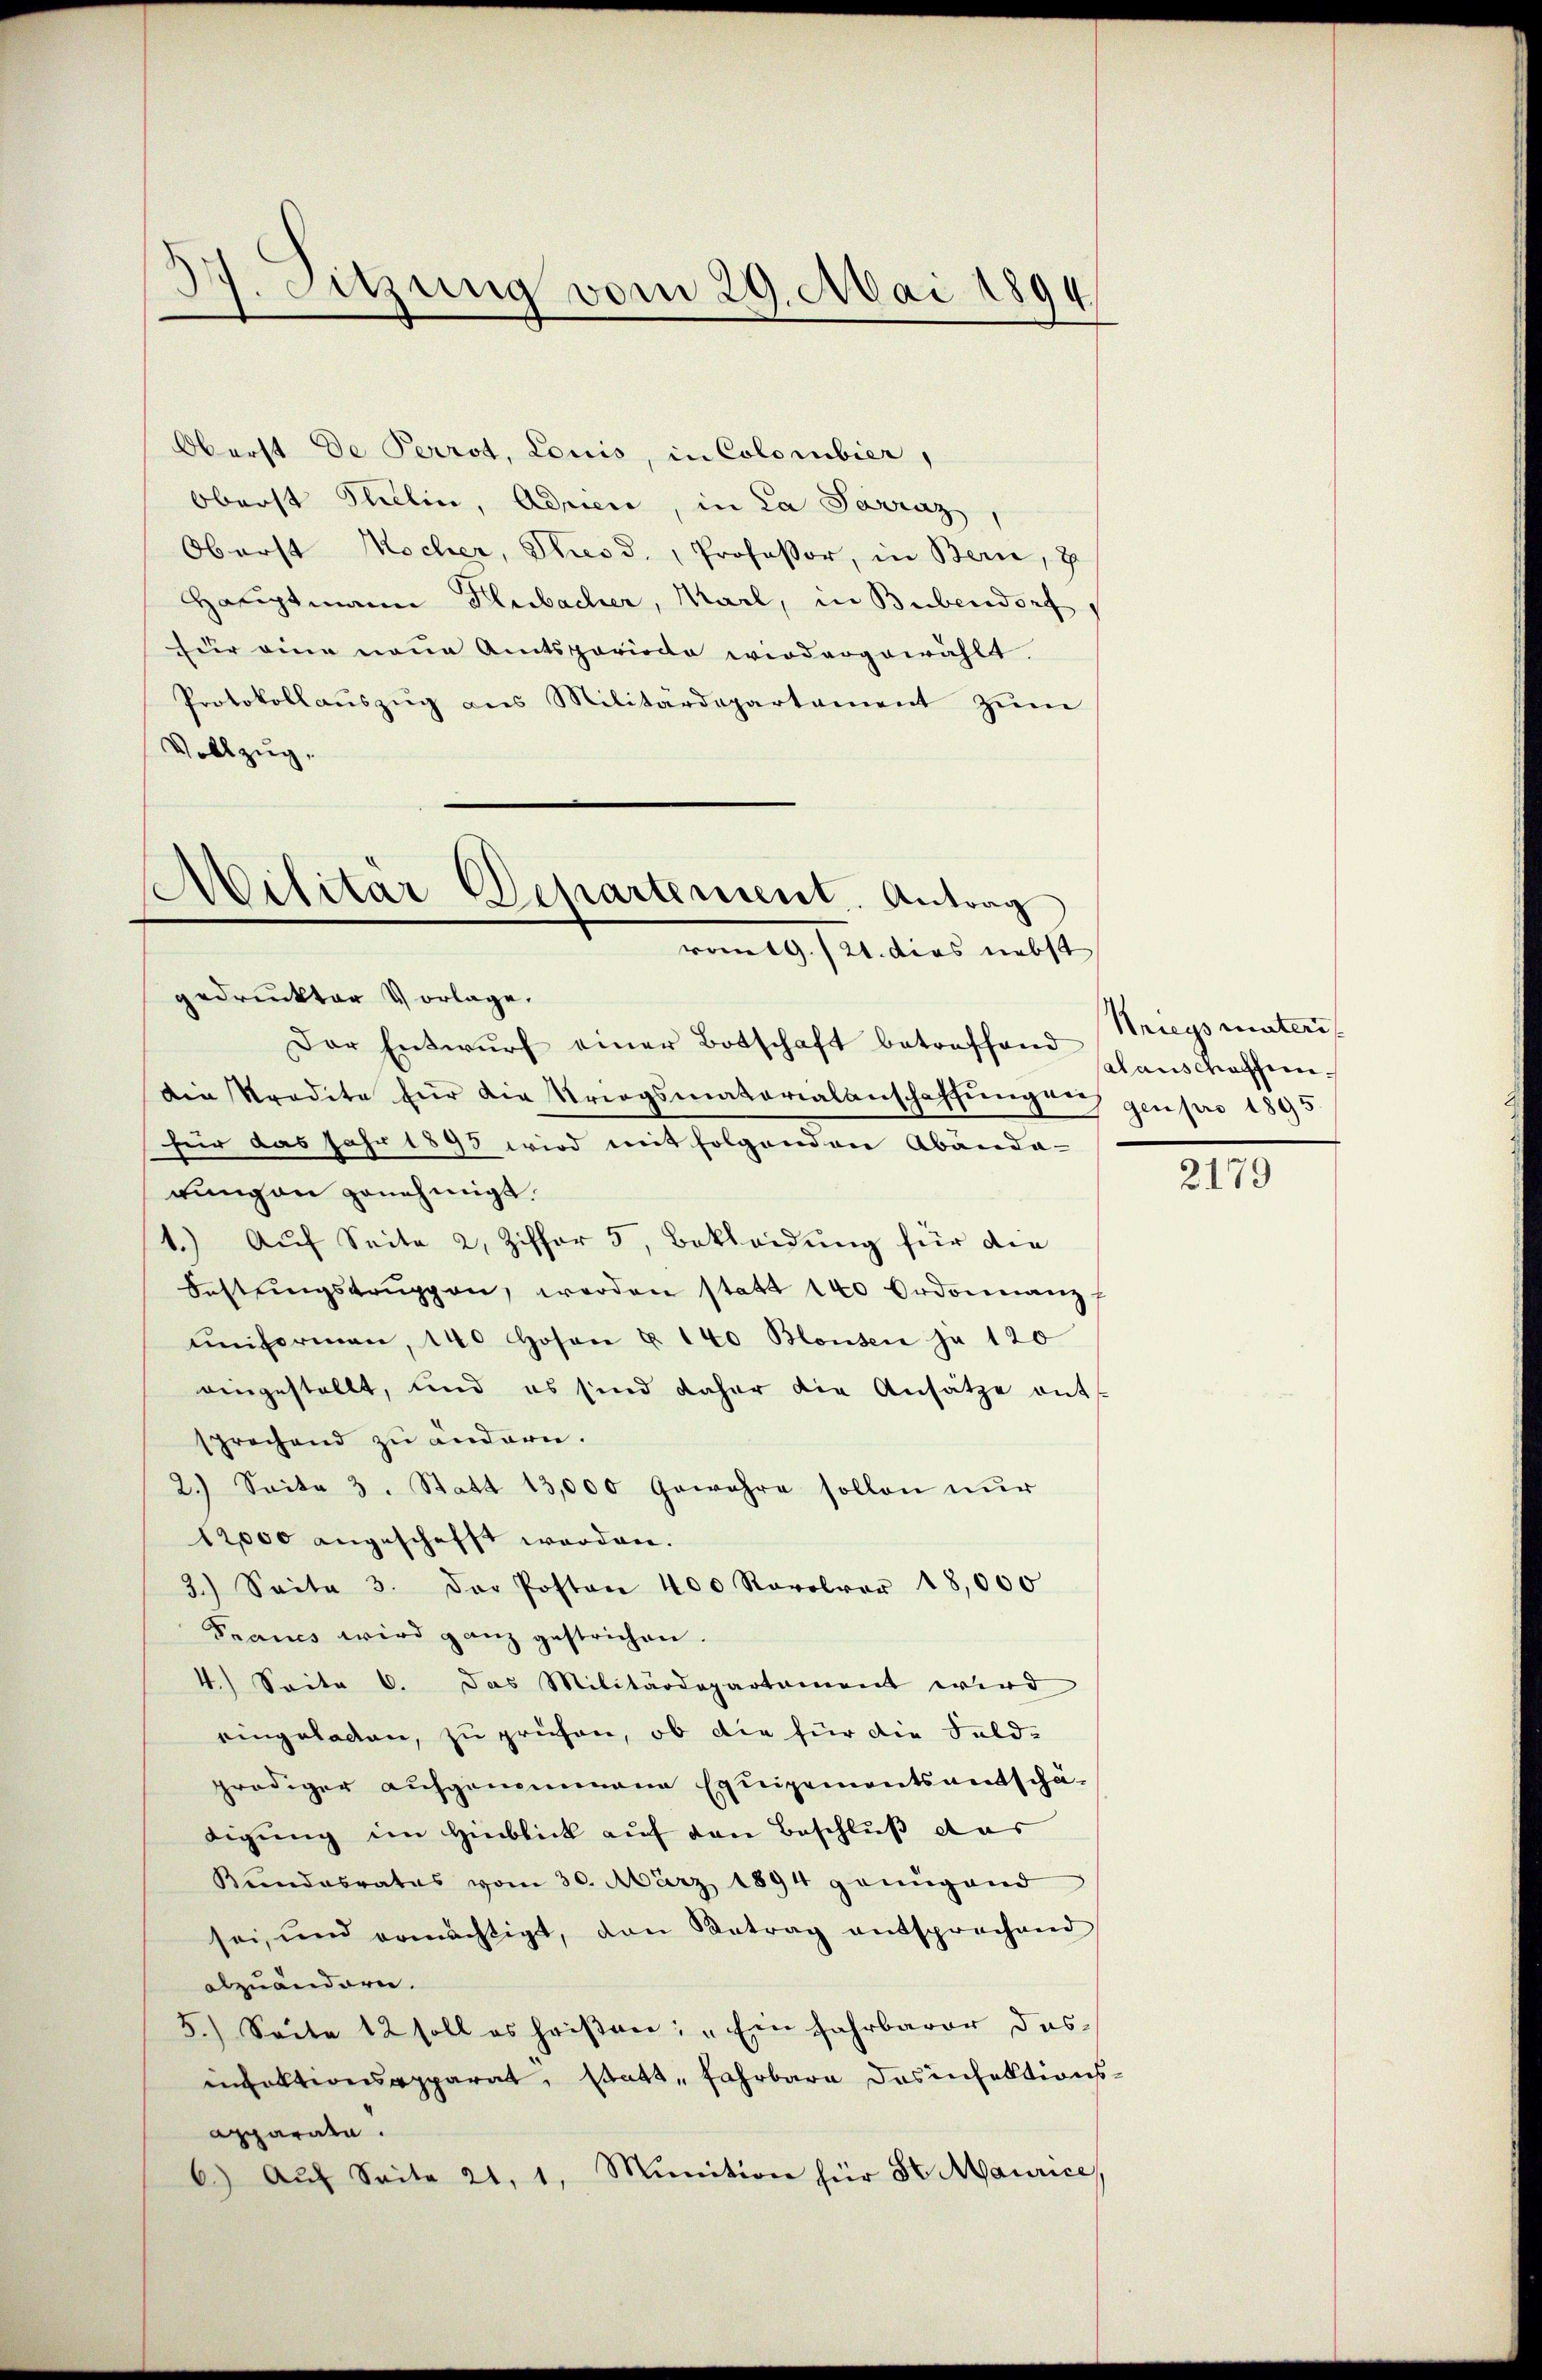
3. Sitzung vom 29. Mai 1894.

Oberst De Perrot, Louis, in Colombier,
Oberst Paulin, Adrien, in La Parraz
Oberst Nocher, Thesd., Professor, in Bern, 7
Hauptmann Dlubacher, Marl, in Bubendorf
für eine neue Amtsperiode wiedergewählt.
Protokollaŭszŭg ans Militärdepartament zŭm
Vollzug.

Militär Departement. Antrag
vom 29./21. dies nebst

gedruckter Vorlage.
Der Entwurf einer Botschaft betreffend schanschaffendie Predite für die Kriegsmaterialanschaffungen genpro 1895
für das Jahr 1895 wird mit folgenden Abända-
rung an genehmigt.
1.) Auf Seite 2, Ziffer 5, Bekleidung für die
Festungstrŭppen, werden statt 140 Ordonnanz
ŭnformen, 140 Hosen u. 140 Blonsen ja 120
eingestellt, und es sind daher die Ansätze ents
sprechend zu ändern.
2.) Seite 3. Statt 13,000 Gewahre sollen nŭr
12,000 angeschafft worden.
3.) Seite 3. Der Posten 400 Rovolver 18,000
Francs wird ganz gestrichen.
4.) Seite 6. Das Militärdepartament wird
eingeladen, zu prüfen, ob die für die Feld-
prödiger aufgenommene Equipementsentschä-
digung im Hinblick auf von Beschluß das
Kundesrates vom 30. März 1894 genügend
sei, und ermächtigt, den Betrag entsprechend
abzuändern.
5.) Seite 12 soll es heißen: „Ein Jahrbarer das
ifaktionsapparat, statt, fahrbare Desinfektions¬
Apparata.
6.) Auf Seite 21, 1, Munition für St. Maurice,

Kriegsmateris

2179